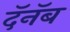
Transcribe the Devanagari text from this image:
दॅनॅब